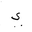
Letter: _ya